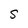
Character: S